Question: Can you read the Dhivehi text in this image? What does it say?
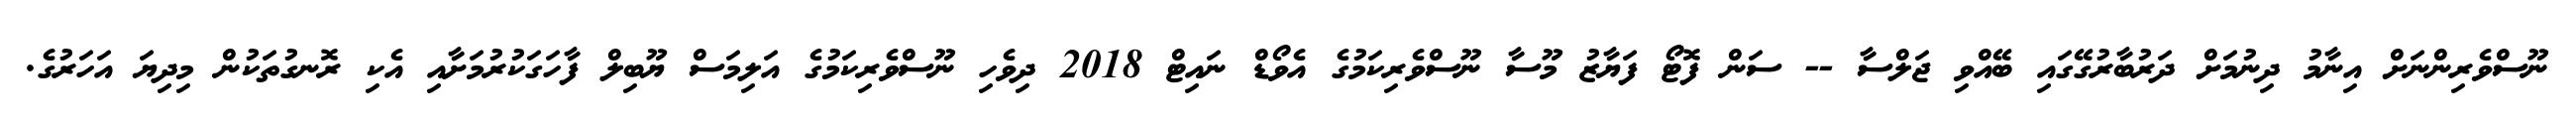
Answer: ނޫސްވެރިންނަށް އިނާމު ދިނުމަށް ދަރުބާރުގޭގައި ބޭއްވި ޖަލްސާ -- ސަން ފޮޓޯ ފަޔާޒު މޫސާ ނޫސްވެރިކަމުގެ އެވޯޑް ނައިޓް 2018 ދިވެހި ނޫސްވެރިކަމުގެ އަލިމަސް ޔޫބިލް ފާހަގަކުރުމަށާއި އެކި ރޮނގުތަކުން މިދިޔަ އަހަރުގެ.